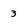
Character: 3